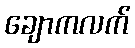
ချောကလက်